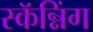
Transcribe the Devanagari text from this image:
स्कॅन्निंग